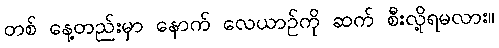
တစ် နေ့တည်းမှာ နောက် လေယာဉ်ကို ဆက် စီးလို့ရမလား။